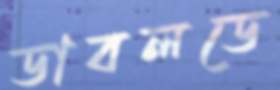
ডাবলডে